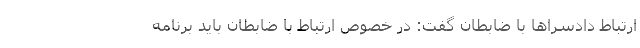
ارتباط دادسراها با ضابطان گفت: در خصوص ارتباط با ضابطان باید برنامه